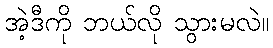
အဲ့ဒီကို ဘယ်လို သွားမလဲ။